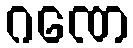
ဂဏေ